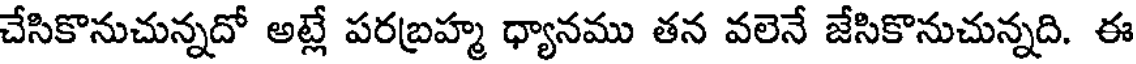
చేసికొనుచున్నదో అట్లే పరబ్రహ్మ ధ్యానము తన వలెనే జేసికొనుచున్నది. ఈ